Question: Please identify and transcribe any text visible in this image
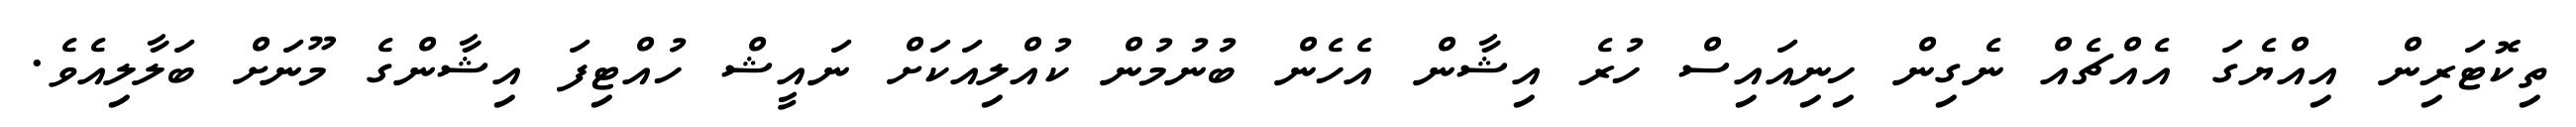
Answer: ތިކޮޓަރިން އިއްޔެގަ އެއްޗެއް ނެގިން ހިނިއައިސް ހުރެ އިޝާން އެހެން ބުނުމުން ކުއްލިއަކަށް ނައީޝް ހުއްޓިފަ އިޝާންގެ މޫނަށް ބަލާލިއެވެ.